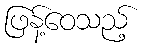
ဖြန့်ဝေသည့်